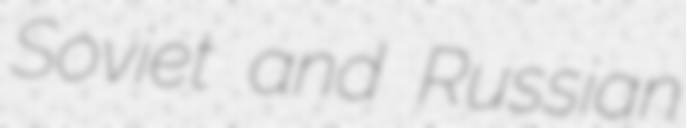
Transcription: Soviet and Russian